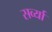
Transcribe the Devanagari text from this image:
सर्व्या